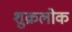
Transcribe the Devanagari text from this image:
शुक्रलोक